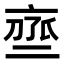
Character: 𬽒